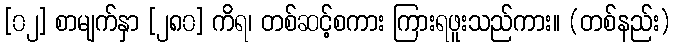
[၀၂] စာမျက်နှာ [၂၈၀] ကိရ၊ တစ်ဆင့်စကား ကြားရဖူးသည်ကား။ (တစ်နည်း)